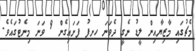
މެޗުގައި މާޒިޔާއިން ލީޑު ނެގީ ދެވަނަ ހށފު ފަށައިގެން 9 ވަނަ މިނެޓުގައެވެ.